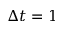
\Delta t = 1